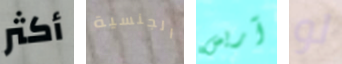
أكثر الجنسية آريس لو